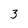
Character: 3